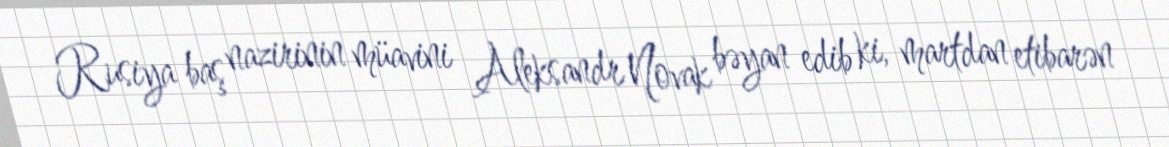
Rusiya baş nazirinin müavini Aleksandr Novak bəyan edib ki, martdan etibarən